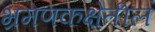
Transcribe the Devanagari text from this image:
भ्रमणकक्षेतील